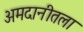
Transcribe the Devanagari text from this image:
अमदानीतला